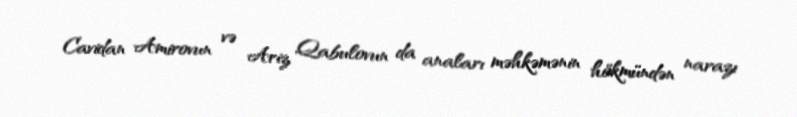
Cavidan Amirovun və Ariz Qabulovun da anaları məhkəmənin hökmündən narazı